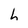
Character: h